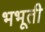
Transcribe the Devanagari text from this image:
भभूती